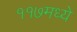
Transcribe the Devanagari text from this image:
११७मध्ये